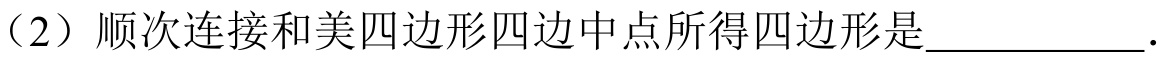
（2）顺次连接和美四边形四边中点所得四边形是__________.